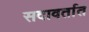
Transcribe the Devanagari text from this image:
सदावर्तात